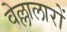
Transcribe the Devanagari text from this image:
वेल्लालारों